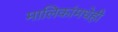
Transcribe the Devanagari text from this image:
मालिकांमधेही